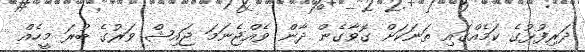
ދަރިފުޅުގެ ކަމެއްގައި ތަނަކަށް ގޮވާގެން ދާން ވެއްޖެނަމަ ޖައިޝް ވަރުގެ ބުރަ މީހެއް